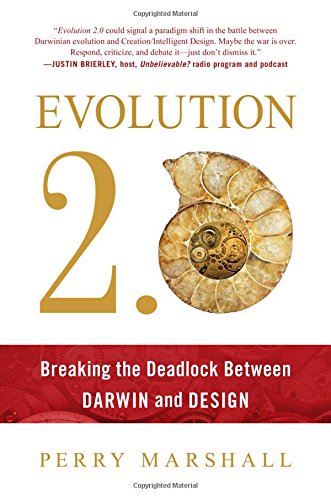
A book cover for Evolution 2.0: Breaking the Deadlock Between Darwin and Design; Perry Marshall; Christian Books & Bibles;